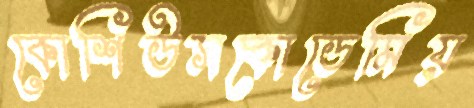
কোশিউসকোডেমিয়